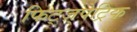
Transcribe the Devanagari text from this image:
फिट्ज़्पेट्रिक